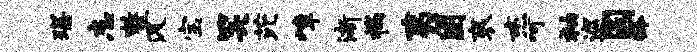
琛忘整汲宝笑芘嶂渐揣夷困衮杰呵袖巡圆龄